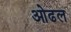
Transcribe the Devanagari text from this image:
ओढल